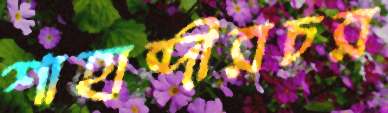
শাহাব্দীরচর